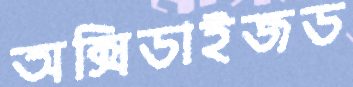
অক্সিডাইজড